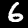
Label: 6